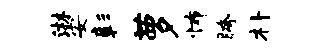
淋安彰萝怖胯朴